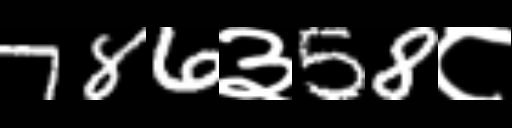
Text: 786३58८